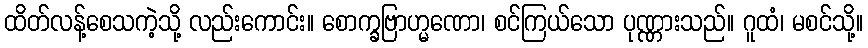
ထိတ်လန့်စေသကဲ့သို့ လည်းကောင်း။ စောက္ခဗြာဟ္မဏော၊ စင်ကြယ်သော ပုဏ္ဏားသည်။ ဂူထံ၊ မစင်သို့။